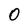
Character: 0